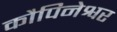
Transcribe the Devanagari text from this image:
कौपिनेश्वर